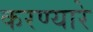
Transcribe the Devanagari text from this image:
करण्यारे